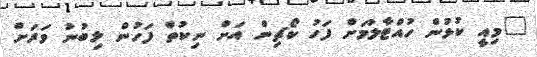
"މިއީ ކުޅުން ހުއްޓާލުމަށް ފަހު ކޯޗިން އަށް ނިކުތް ފަހުން ލިބުނު ވަރަށް